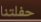
حفلتنا